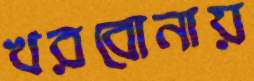
খরবোনায়